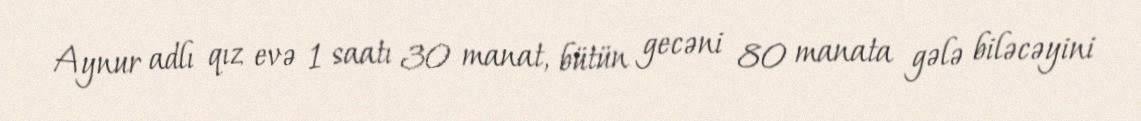
Aynur adlı qız evə 1 saatı 30 manat, bütün gecəni 80 manata gələ biləcəyini